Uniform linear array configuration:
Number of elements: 64
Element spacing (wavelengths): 1
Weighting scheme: kaiser
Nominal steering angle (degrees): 15
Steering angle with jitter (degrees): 14.905
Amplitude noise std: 0.05
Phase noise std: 0.05

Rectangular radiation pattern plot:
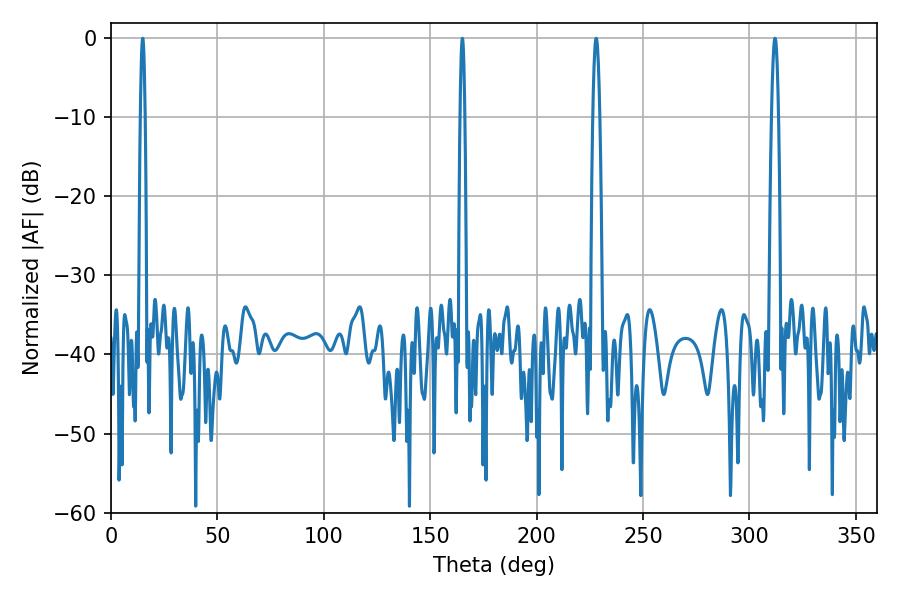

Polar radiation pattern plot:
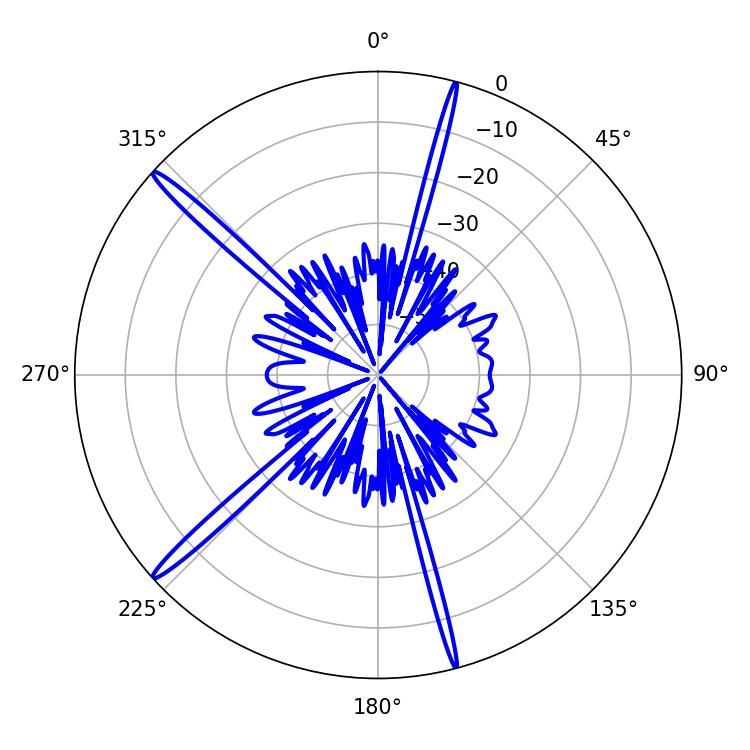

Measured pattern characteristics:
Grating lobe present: TRUE
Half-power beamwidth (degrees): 1.08
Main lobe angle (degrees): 165.06